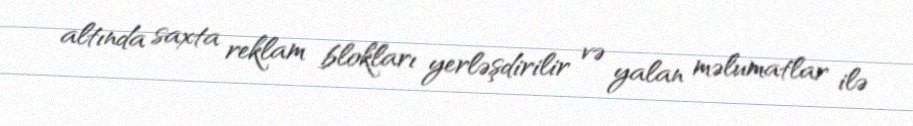
altında saxta reklam blokları yerləşdirilir və yalan məlumatlar ilə